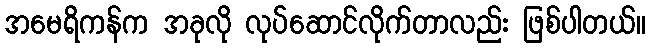
အမေရိကန်က အခုလို လုပ်ဆောင်လိုက်တာလည်း ဖြစ်ပါတယ်။